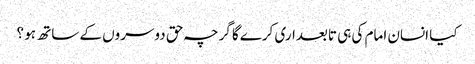
کیا انسان امام کی ہی تابعداری کرےگا گرچہ حق دوسروں کے ساتھ ہو ؟